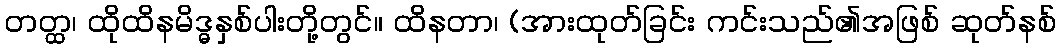
တတ္ထ၊ ထိုထိနမိဒ္ဓနှစ်ပါးတို့တွင်။ ထိနတာ၊ (အားထုတ်ခြင်း ကင်းသည်၏အဖြစ် ဆုတ်နစ်